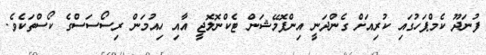
ފުނަދޫ ކެމްޕަހުގައި ކުރިއަށް ގެންދަނީ އިންފޮމޭޝަން ޓެކްނޮލޮޖީ އާއި ހިއުމަން ރިސޯސަސްގެ ކޯސްތަކެވެ.